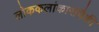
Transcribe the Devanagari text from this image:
लोककलांकारांपैकी